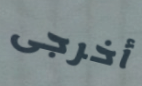
أخرجى